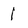
Character: 1